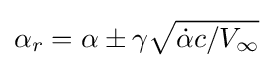
\alpha _{r}=\alpha \pm \gamma {\sqrt {{\dot {\alpha }}c/V_{\infty }}}